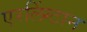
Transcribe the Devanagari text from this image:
एरलिंग्टान